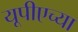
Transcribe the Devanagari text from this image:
यूपीएच्या